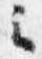
云